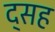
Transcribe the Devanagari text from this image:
द्सह